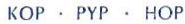
KOP . PYP . HOP